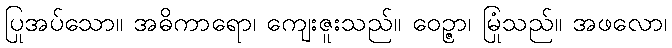
ပြုအပ်သော။ အဓိကာရော၊ ကျေးဇူးသည်။ ဝေဉ္ဇာ၊ မြုံသည်။ အဖလော၊